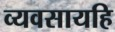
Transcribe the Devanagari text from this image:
व्यवसायहि